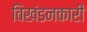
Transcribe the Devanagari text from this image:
विखंडनकारी